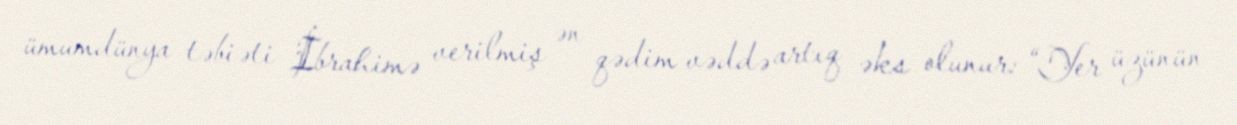
ümumdünya təbiəti İbrahimə verilmiş ən qədim vəddə artıq əks olunur: “Yer üzünün